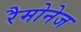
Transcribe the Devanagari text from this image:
रैमोनेज